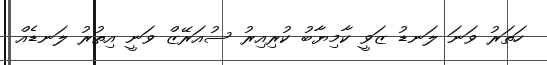
ހަތަރު ވަނަ ލަނޑު ޒަވީ ކާމިޔާބު ކުރިއިރު ސުއަރޭޒް ވަނީ އިތުރު ލަނޑެއް